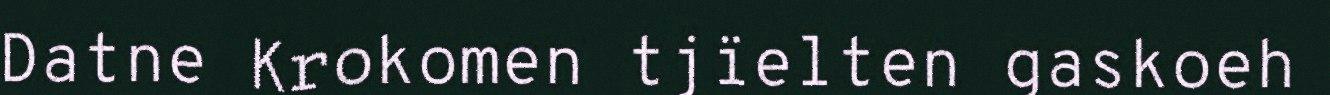
Datne Krokomen tjïelten gaskoeh